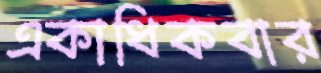
একাধিকবার